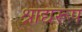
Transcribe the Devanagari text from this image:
श्राद्यरूप